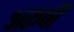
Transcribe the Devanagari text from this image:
अरूची